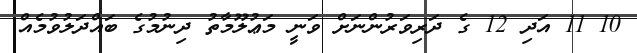
10 11 އަދި 12 ގެ ދަރިވަރުންނަށް ވަނީ މަޢުލޫމާތު ދިނުމުގެ ބައްދަލުވުމެއް